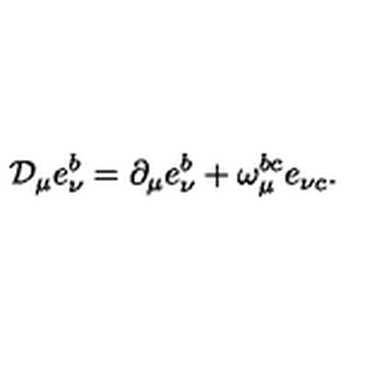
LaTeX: { \cal D } _ { \mu } e _ { \nu } ^ { b } = \partial _ { \mu } e _ { \nu } ^ { b } + \omega _ { \mu } ^ { b c } e _ { \nu c } .